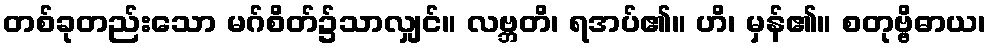
တစ်ခုတည်းသော မဂ်စိတ်၌သာလျှင်။ လဗ္ဘတိ၊ ရအပ်၏။ ဟိ၊ မှန်၏။ စတုဗ္ဗိဓာယ၊